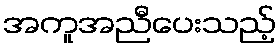
အကူအညီပေးသည့်